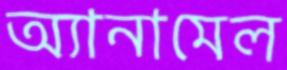
অ্যানামেল